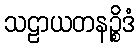
သဠာယတနဉ္စိဒံ